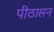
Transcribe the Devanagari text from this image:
पीठासन